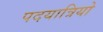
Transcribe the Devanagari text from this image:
पदयात्रियो